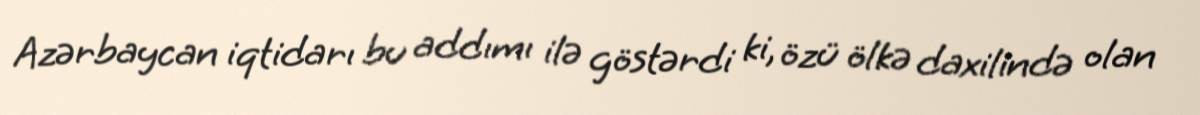
Azərbaycan iqtidarı bu addımı ilə göstərdi ki, özü ölkə daxilində olan